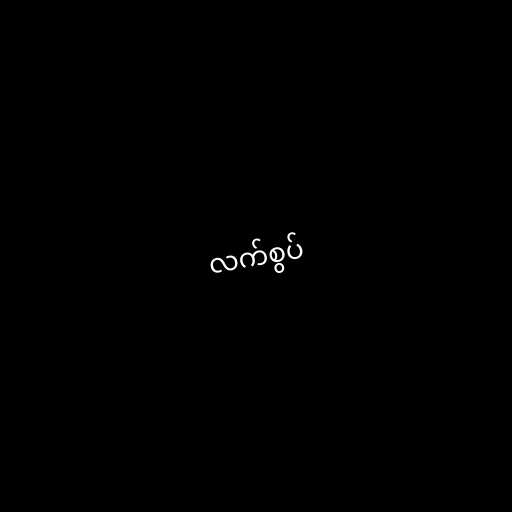
လက်စွပ်